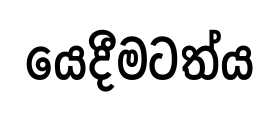
යෙදීමටත්ය